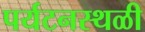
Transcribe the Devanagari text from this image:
पर्यटनस्‍थळी